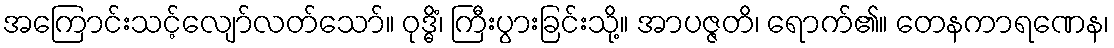
အကြောင်းသင့်လျော်လတ်သော်။ ဝုဒ္ဓိံ၊ ကြီးပွားခြင်းသို့။ အာပဇ္ဇတိ၊ ရောက်၏။ တေနကာရဏေန၊